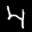
Label: 4